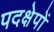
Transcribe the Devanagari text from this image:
पदक्षेपों